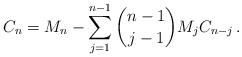
LaTeX: \begin{align*}C_{n}=M_{n}-\sum_{j=1}^{n-1} \binom{n-1}{j-1}M_j C_{n-j}\,.\end{align*}